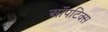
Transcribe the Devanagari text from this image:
ऑपटिक्स